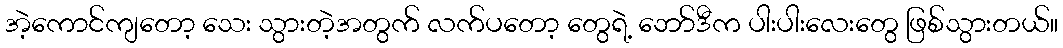
အဲ့ကောင်ကျတော့ သေး သွားတဲ့အတွက် လက်ပတော့ တွေရဲ့ ဘော်ဒီက ပါးပါးလေးတွေ ဖြစ်သွားတယ်။